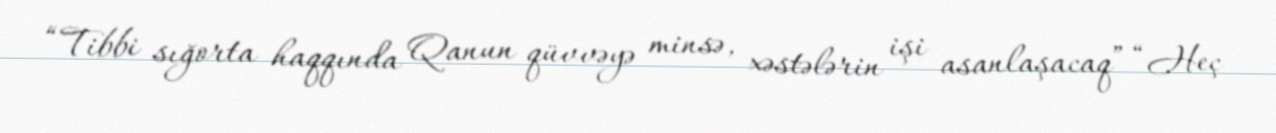
“Tibbi sığorta haqqında Qanun qüvvəyə minsə, xəstələrin işi asanlaşacaq” “Heç